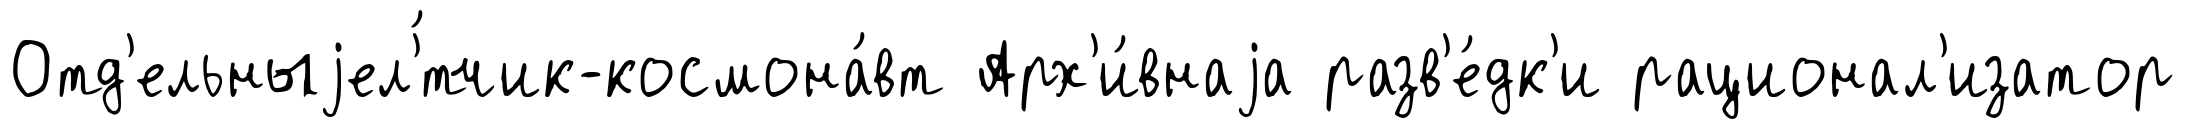
Отд'ельныjел'́тчик-космона́вт Арх'и́внаjа разв'е́дк'и рационал'изатор